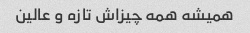
همیشه همه چیزاش تازه و عالین